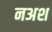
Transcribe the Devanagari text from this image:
नअश